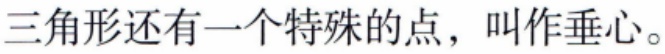
三角形还有一个特殊的点，叫作垂心。